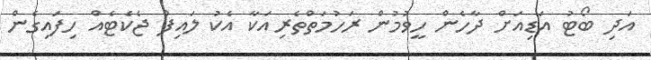
އަދި ބޯޓު އަޑިއަށް ދާހެން ހީވުމުން ރަހުމަތްތެރިއަކާ އެކު ލައިފް ޖެކެޓެއް ހިފައިގެން